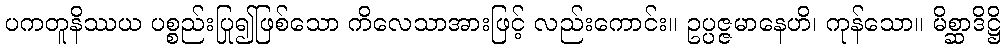
ပကတူနိဿယ ပစ္စည်းပြု၍ဖြစ်သော ကိလေသာအားဖြင့် လည်းကောင်း။ ဥပ္ပဇ္ဇမာနေဟိ၊ ကုန်သော။ မိစ္ဆာဒိဋ္ဌိ